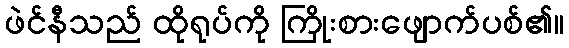
ဖဲင်နီသည် ထိုရုပ်ကို ကြိုးစားဖျောက်ပစ်၏။